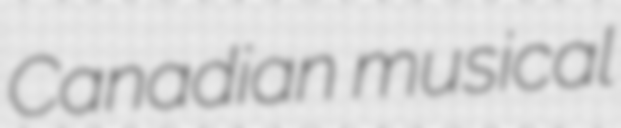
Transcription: Canadian musical